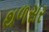
થળસર